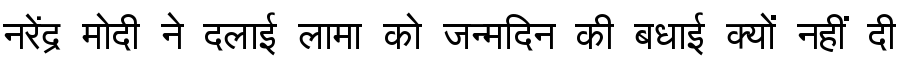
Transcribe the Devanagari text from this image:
नरेंद्र मोदी ने दलाई लामा को जन्मदिन की बधाई क्यों नहीं दी